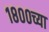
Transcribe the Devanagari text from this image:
१८००च्या